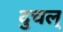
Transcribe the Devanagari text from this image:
दुचल्